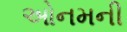
ઓનમની